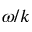
\omega / k